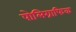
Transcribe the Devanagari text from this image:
पोलिग्राफिक